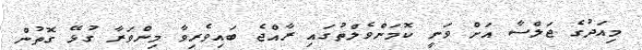
މިއަދުގެ ޖަލްސާ އަށް ވަނީ ކޮމަންވެލްތުގައި ރާއްޖެ ބައިވެރިވާ މިންވަރާ ގުޅޭ ގޮތުން